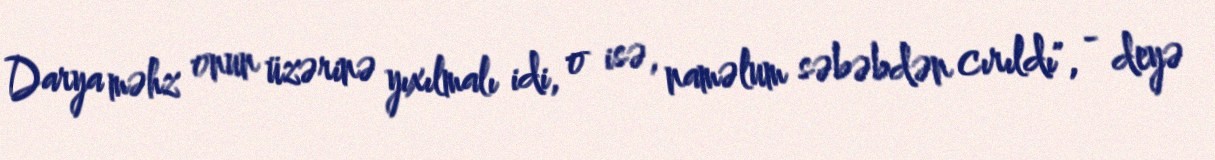
Darya məhz onun üzərinə yıxılmalı idi, o isə, naməlum səbəbdən cırıldı", - deyə